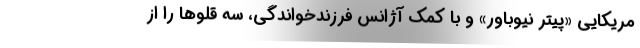
مریکایی «پیتر نیوباور» و با کمک آژانس فرزندخواندگی، سه قلوها را از